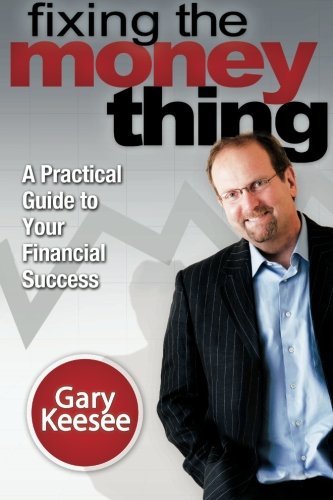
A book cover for Fixing the Money Thing: A practical Guide to Your Financial Success; Gary Keesee; Business & Money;